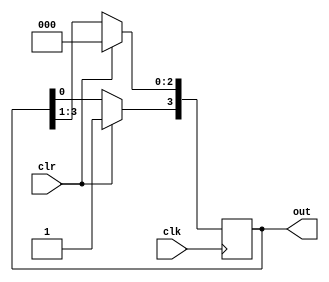
`timescale 1ns / 1ps

module ring_counter(clk,clr,out);
input clk,clr;
output [3:0] out;
reg [3:0] out;

initial out=4'b1000;

always@(posedge clk) begin
    if(clr==1) begin
        out=4'b1000;
    end
    else begin
        out<=out>>1;
        out[3]<=out[0];
    end
end
endmodule